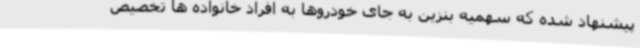
پیشنهاد شده که سهمیه بنزین به جای خودروها به افراد خانواده ها تخصیص